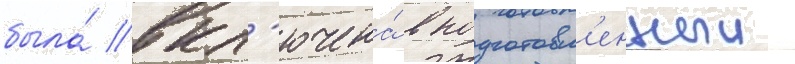
была́ вкл'ючена́ в подготовл'енныи